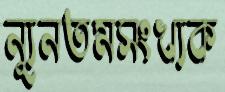
ন্যূনতমসংখ্যক